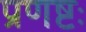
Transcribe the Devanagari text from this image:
प्रणष्टः